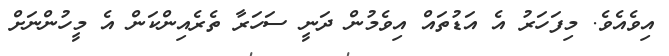
އިވެއެވެ. މިފަހަރު އެ އަޑުތައް އިވެމުން ދަނީ ސަހަރާ ތެރެއިންކަން އެ މީހުންނަށް